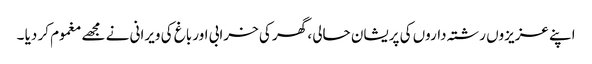
اپنے عزیزوں رشتہ داروں کی پریشان حالی ، گھر کی خرابی اور باغ کی ویرانی نے مجھے مغموم کر دیا ۔